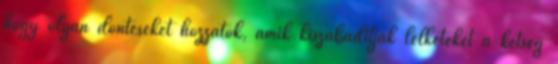
hogy olyan döntéseket hozzatok, amik kiszabadítják lelketeket a kétség